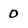
Character: 0